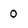
Character: 0